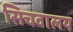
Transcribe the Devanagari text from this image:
सिचवालय